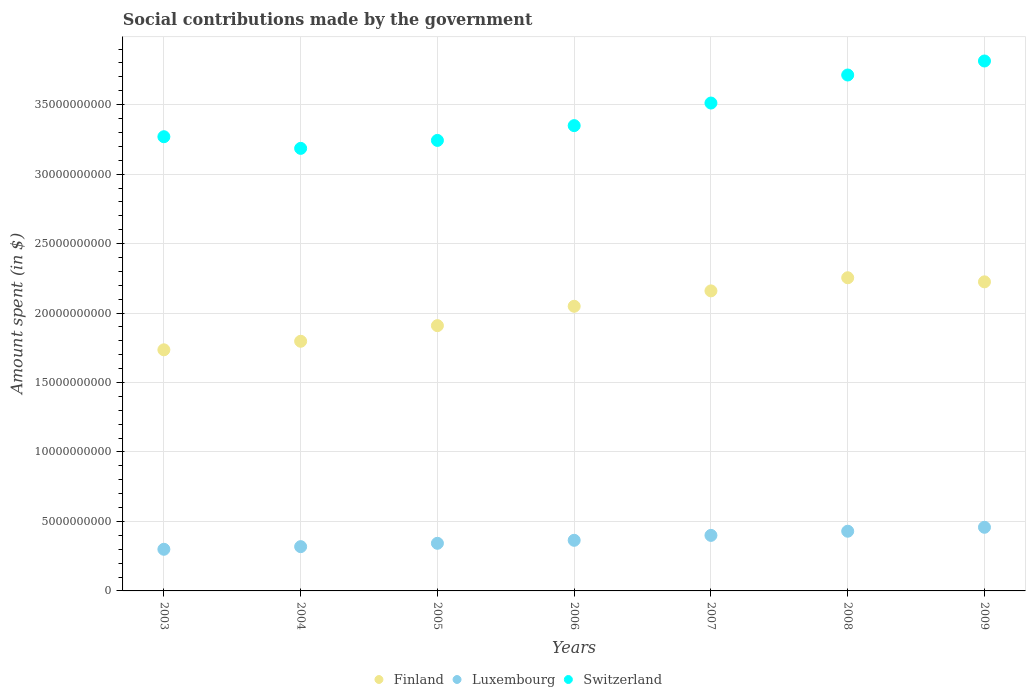
| Years | Finland | Luxembourg | Switzerland |
 | --- | --- | --- | --- |
 | 2003 | 1.74e+10 | 3e+09 | 3.27e+10 |
 | 2004 | 1.8e+10 | 3.19e+09 | 3.19e+10 |
 | 2005 | 1.91e+10 | 3.43e+09 | 3.24e+10 |
 | 2006 | 2.05e+10 | 3.64e+09 | 3.35e+10 |
 | 2007 | 2.16e+10 | 4e+09 | 3.51e+10 |
 | 2008 | 2.25e+10 | 4.3e+09 | 3.71e+10 |
 | 2009 | 2.22e+10 | 4.58e+09 | 3.81e+10 |